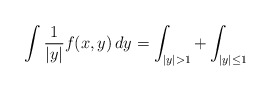
\begin{align*}\int\frac{1}{|y|} f(x, y) \, dy = \int_{|y| > 1} + \int_{|y| \leq 1}\end{align*}